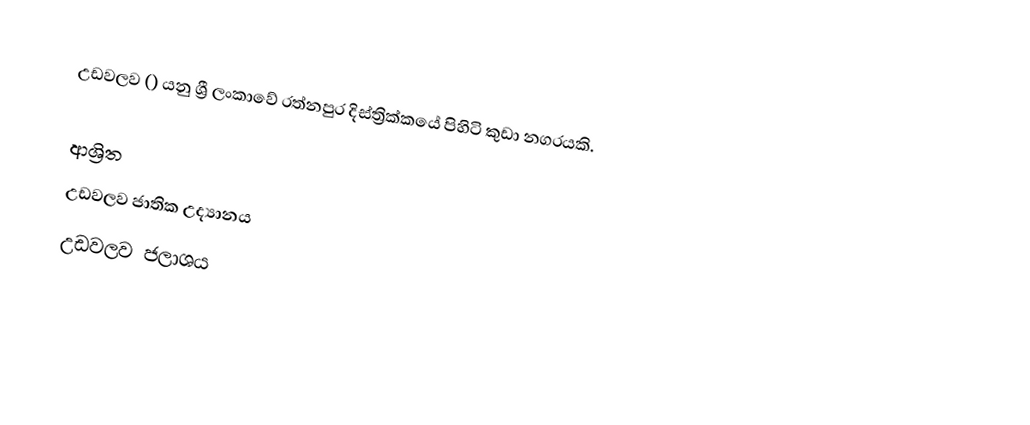
උඩවලව () යනු ශ්‍රී ලංකාවේ රත්නපුර දිස්ත්‍රික්කයේ පිහිටි කුඩා නගරයකි.

ආශ්‍රිත
 උඩවලව ජාතික උද්‍යානය
 උඩවලව ජලාශය